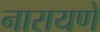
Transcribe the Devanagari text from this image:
नारायणे